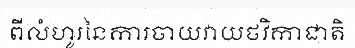
ពីលំហូរនៃការចាយវាយថវិកាជាតិ